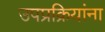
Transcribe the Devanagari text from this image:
उपप्रक्रियांना